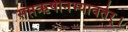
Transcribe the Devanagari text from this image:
सप्तऋषीनभ्यावतेर्।